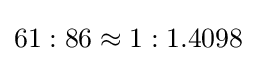
61:86\approx 1:1.4098